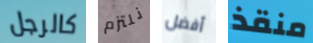
كالرجل نلتزم أفضل منقذ